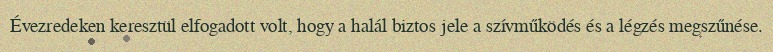
Évezredeken keresztül elfogadott volt, hogy a halál biztos jele a szívműködés és a légzés megszűnése.